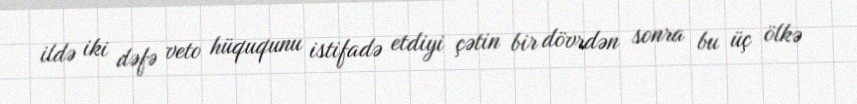
ildə iki dəfə veto hüququnu istifadə etdiyi çətin bir dövrdən sonra bu üç ölkə